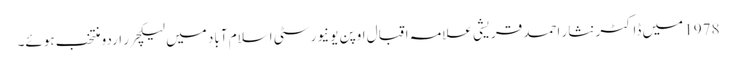
1978 میں ڈاکٹر نثار احمد قریشی علامہ اقبال اوپن یونیورسٹی اسلام آباد میں لیکچرر اردو منتخب ہوئے۔